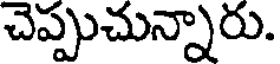
చెప్పుచున్నారు.